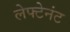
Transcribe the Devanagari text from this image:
लेफ्टेनंट